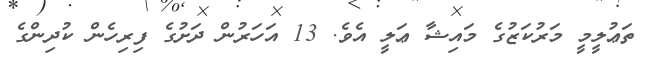
ތަޢުލީމީ މަރުކަޒުގެ މައިޝާ ޢަލީ އެވެ. 13 އަހަރުން ދަށުގެ ފިރިހެން ކުދިންގެ